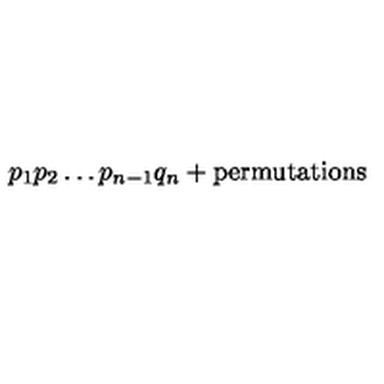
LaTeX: p _ { 1 } p _ { 2 } \ldots p _ { n - 1 } q _ { n } + \mathrm { p e r m u t a t i o n s }